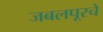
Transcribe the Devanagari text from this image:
जबलपूरचे